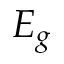
E _ { g }